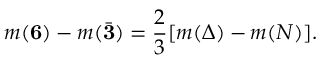
m ( { \bf 6 } ) - m ( { \bar { \bf 3 } } ) = \frac { 2 } { 3 } [ m ( \Delta ) - m ( N ) ] .